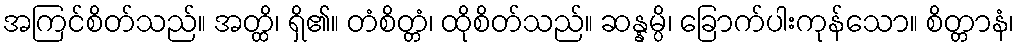
အကြင်စိတ်သည်။ အတ္ထိ၊ ရှိ၏။ တံစိတ္တံ၊ ထိုစိတ်သည်။ ဆန္နမ္ပိ၊ ခြောက်ပါးကုန်သော။ စိတ္တာနံ၊